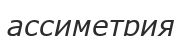
ассиметрия